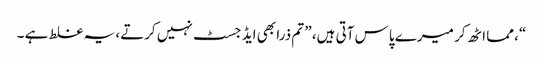
“، مما اٹھ کر میرے پاس آتی ہیں، ” تم ذرا بھی ایڈ جسٹ نہیں کرتے، یہ غلط ہے ۔